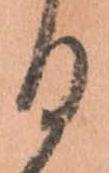
る